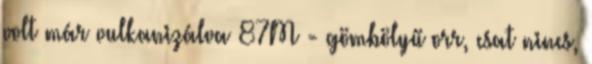
volt már vulkanizálva 87M - gömbölyű orr, csat nincs,